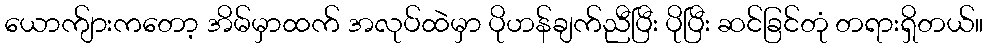
ယောက်ျားကတော့ အိမ်မှာထက် အလုပ်ထဲမှာ ပိုဟန်ချက်ညီပြီး ပိုပြီး ဆင်ခြင်တုံ တရားရှိတယ်။